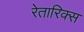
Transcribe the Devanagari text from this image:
रेतारिक्स